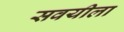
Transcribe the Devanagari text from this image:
सवयीला